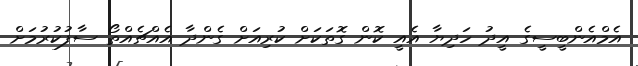
އެމްއެންބީސީގެ އީދު ހަދިޔާ އެއީ ކޮން ގޮތަކަށް ކުރިއަށް ގެންދާ އެއްޗެއްތޯ ސާފުކުރުމަށް